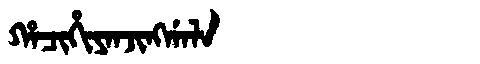
Manchu: ᡥᠠᠴᡳᡥᡳᠶᠠᠨᠵᡳᠩᡤᠠᠯᠠ
Romanization: HACIHIYANJINGGALA